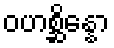
ဝဟစ္ဆိန္နော